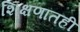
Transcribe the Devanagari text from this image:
शिक्षणातही